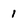
Character: 1